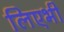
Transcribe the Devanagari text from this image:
लिएभी